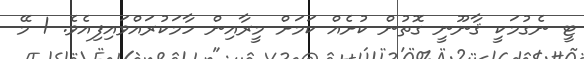
ޓީ ނެގުމަކީ ޤާނޫނީ ގޮތުން ކުށެއް ކަމަށް މީރާއިން ހާމަކުރައްވައިފިއެވެ. 1 މޭ